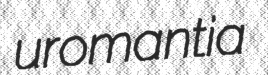
uromantia